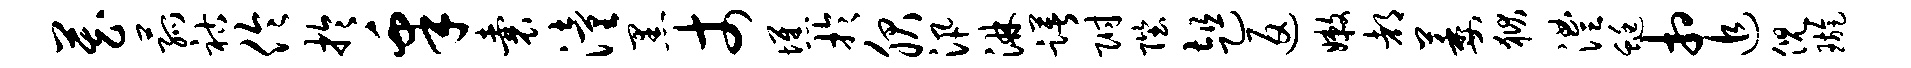
藏菰祜伶於皋囊潼黑丈憔于服汛淋躇附陛趄返嫩都萎狱澧蜓相追倪璇